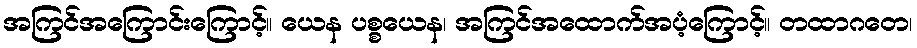
အကြင်အကြောင်းကြောင့်။ ယေန ပစ္စယေန၊ အကြင်အထောက်အပံ့ကြောင့်။ တထာဂတေ၊